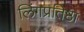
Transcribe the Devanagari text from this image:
लिंगप्रतिष्ठा